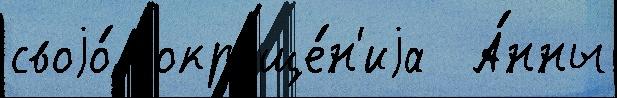
своjо́ сокраще́н'иjа  А́нны